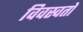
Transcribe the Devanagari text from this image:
विवस्वतो